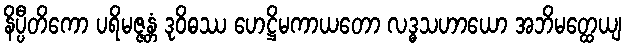
နိပ္ပီတိကော ပရိမဇ္ဇန္တံ ဒုဝိဓဿ ဟေဋ္ဌိမကာယတော လဒ္ဓသဟာယော အဘိမတ္ထေယျ